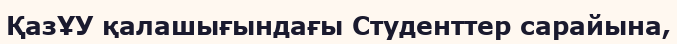
ҚазҰУ қалашығындағы Студенттер сарайына,